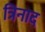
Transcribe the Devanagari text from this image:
त्रिनाद